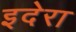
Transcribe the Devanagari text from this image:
इदेरा